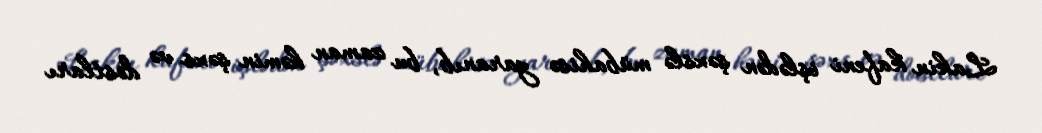
Lakin kafeni işlədən şəxslə mübahisə yaranıb, bu zaman həmin şəxs və dostları